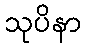
သုပိနာ